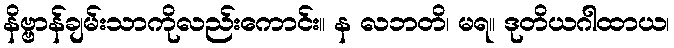
နိဗ္ဗာန်ချမ်းသာကိုလည်းကောင်း။ န လဘတိ၊ မရ။ ဒုတိယဂါထာယ၊